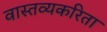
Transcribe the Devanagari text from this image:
वास्तव्यकरिता